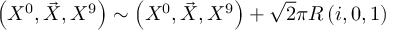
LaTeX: \left( X ^ { 0 } , \vec { X } , X ^ { 9 } \right) \sim \left( X ^ { 0 } , \vec { X } , X ^ { 9 } \right) + \sqrt { 2 } \pi R \left( i , 0 , 1 \right)